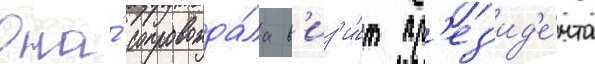
Она́ сопровожда́ла в'из'и́т пр'ез'ид'е́нта